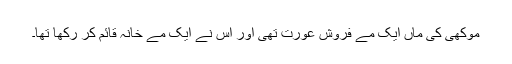
موکھی کی ماں ایک مے فروش عورت تھی اور اس نے ایک مے خانہ قائم کر رکھا تھا۔